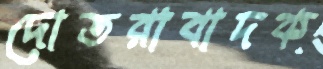
দোতরাবাদক